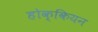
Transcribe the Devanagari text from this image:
होक्कियन